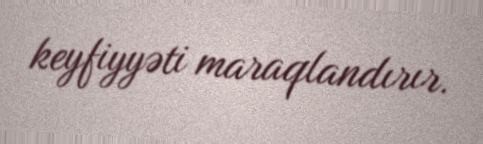
keyfiyyəti maraqlandırır.